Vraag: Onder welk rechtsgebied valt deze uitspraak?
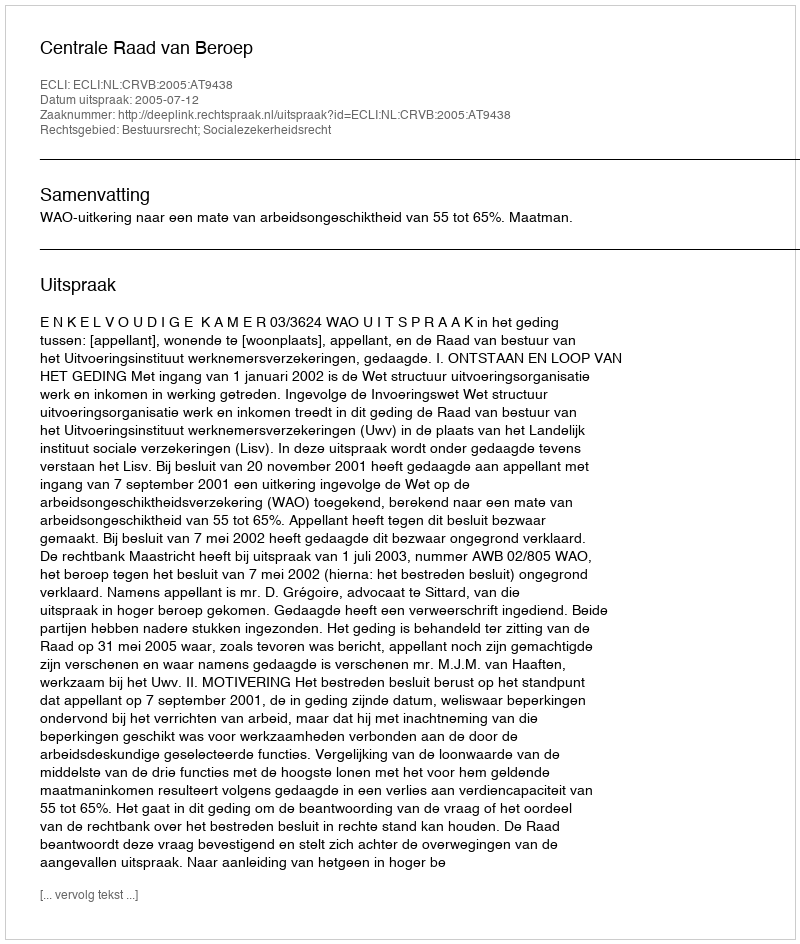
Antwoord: Bestuursrecht; Socialezekerheidsrecht